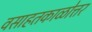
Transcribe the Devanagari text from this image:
वसाहतकाळोत्तर